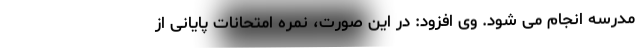
مدرسه انجام می شود. وی افزود: در این صورت، نمره امتحانات پایانی از